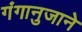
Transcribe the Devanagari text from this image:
गंगानुजाने